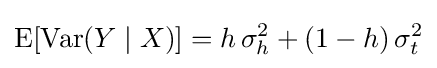
\operatorname {E} [\operatorname {Var} (Y\mid X)]=h\,\sigma _{h}^{2}+(1-h)\,\sigma _{t}^{2}